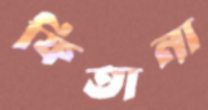
ফিতানা